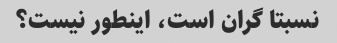
نسبتا گران است، اینطور نیست؟